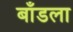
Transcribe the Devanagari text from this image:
बाँडला